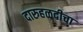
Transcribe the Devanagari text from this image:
दारुहळदीचा